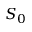
S _ { 0 }